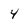
Character: 4